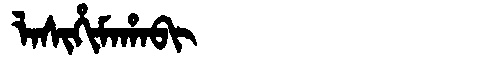
Manchu: ᠯᠠᠰᡳᡥᡳᠮᠠᡥᠠᠪᡳ
Romanization: LASIHIMAHABI